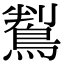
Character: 鵥